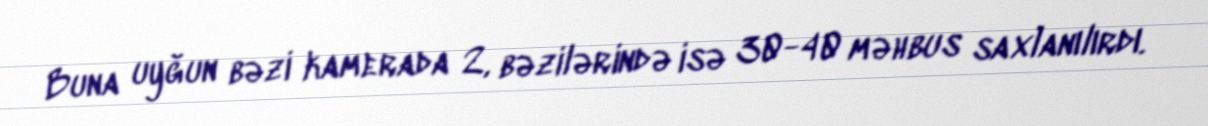
Buna uyğun bəzi kamerada 2, bəzilərində isə 30-40 məhbus saxlanılırdı.